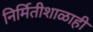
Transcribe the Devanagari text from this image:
निर्मितीशाळाही